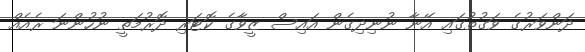
ދަންވަރުގެ ވަގުތުގައި އޭނާ ނުނިދިގެން އައިސް ޒީވާގެ ކޮޓަރި ދޮރުމަތީ ނުހުންނަ ރެއެއް